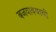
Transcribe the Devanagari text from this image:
बजवावयाची